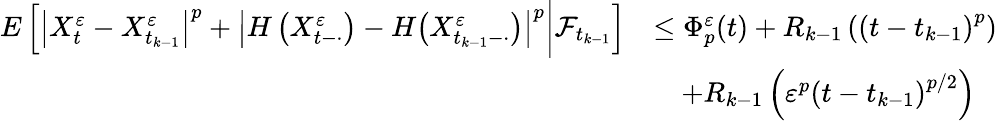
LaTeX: \begin{array}{rl}{E\left[\left|X_{t}^{\varepsilon}-X_{t_{k-1}}^{\varepsilon}\right|^{p}+\left|H\left(X_{t-\cdot}^{\varepsilon}\right)-H\bigl(X_{t_{k-1}-\cdot}^{\varepsilon}\bigr)\right|^{p}\bigg|\mathcal{F}_{t_{k-1}}\right]}&{\leq\Phi_{p}^{\varepsilon}(t)+R_{k-1}\left(\left(t-t_{k-1}\right)^{p}\right)}\\ &{\quad+R_{k-1}\left(\varepsilon^{p}\left(t-t_{k-1}\right)^{p/2}\right)}\end{array}